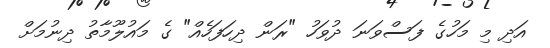
އަދި މި މަހުގެ ފަސްވަނަ ދުވަހު "ރަން ދިހަފަހެއް" ގެ މައުލޫމާތު ދިނުމަށް